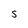
Character: S